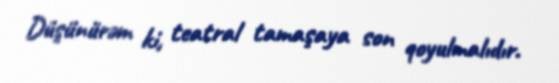
Düşünürəm ki, teatral tamaşaya son qoyulmalıdır.